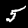
Label: 5